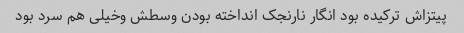
پیتزاش ترکیده بود انگار نارنجک انداخته بودن وسطش وخیلی هم سرد بود